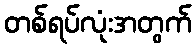
တစ်ရပ်လုံးအတွက်